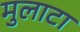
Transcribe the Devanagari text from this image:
मुलाटा